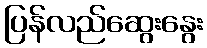
ပြန်လည်ဆွေးနွေး